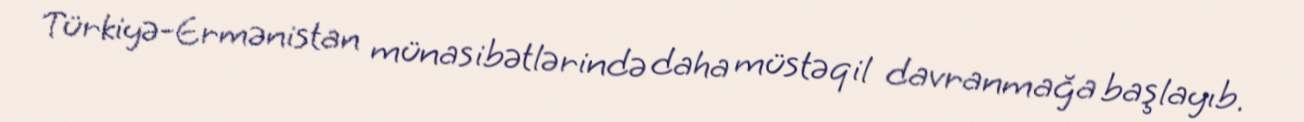
Türkiyə-Ermənistan münasibətlərində daha müstəqil davranmağa başlayıb.